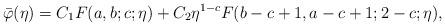
LaTeX: \begin{align*}\bar \varphi(\eta)=C_1F(a,b;c;\eta)+C_2\eta^{1-c}F(b-c+1,a-c+1;2-c;\eta),\end{align*}